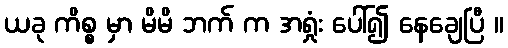
ယခု ကိစ္စ မှာ မိမိ ဘက် က အရှုံး ပေါ်၍ နေချေပြီ ။